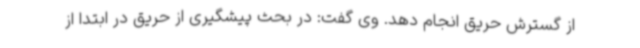
از گسترش حریق انجام دهد. وی گفت: در بحث پیشگیری از حریق در ابتدا از